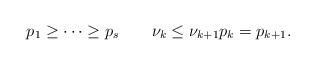
LaTeX: \begin{align*}p_1\ge\cdots\ge p_s\qquad{\nu_k\le\nu_{k+1}} {p_k=p_{k+1}}.\end{align*}